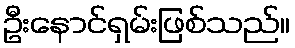
ဦးနောင်ရှမ်းဖြစ်သည်။